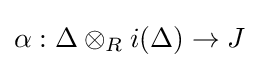
\alpha :\Delta \otimes _{R}i(\Delta )\to J